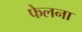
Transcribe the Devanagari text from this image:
फेलना